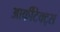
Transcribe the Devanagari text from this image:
आर्कीटेक्ट्स